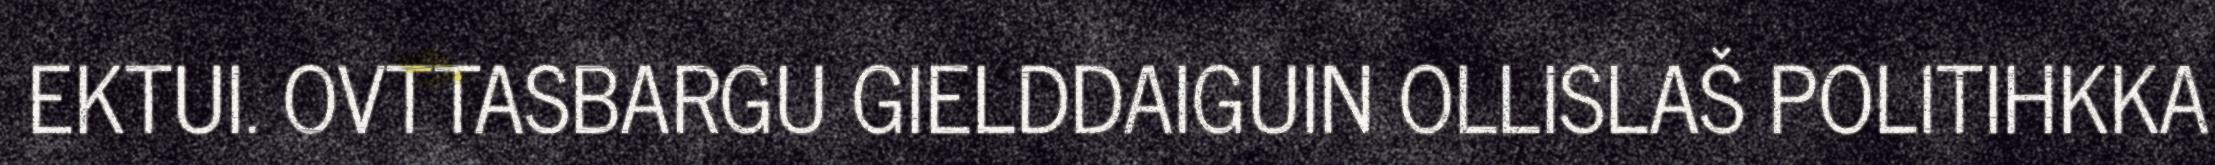
EKTUI. OVTTASBARGU GIELDDAIGUIN OLLISLAŠ POLITIHKKA